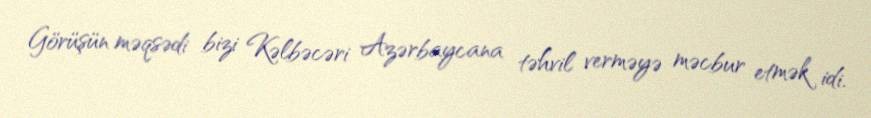
Görüşün məqsədi bizi Kəlbəcəri Azərbaycana təhvil verməyə məcbur etmək idi.